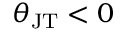
\theta _ { \mathrm { J T } } < 0